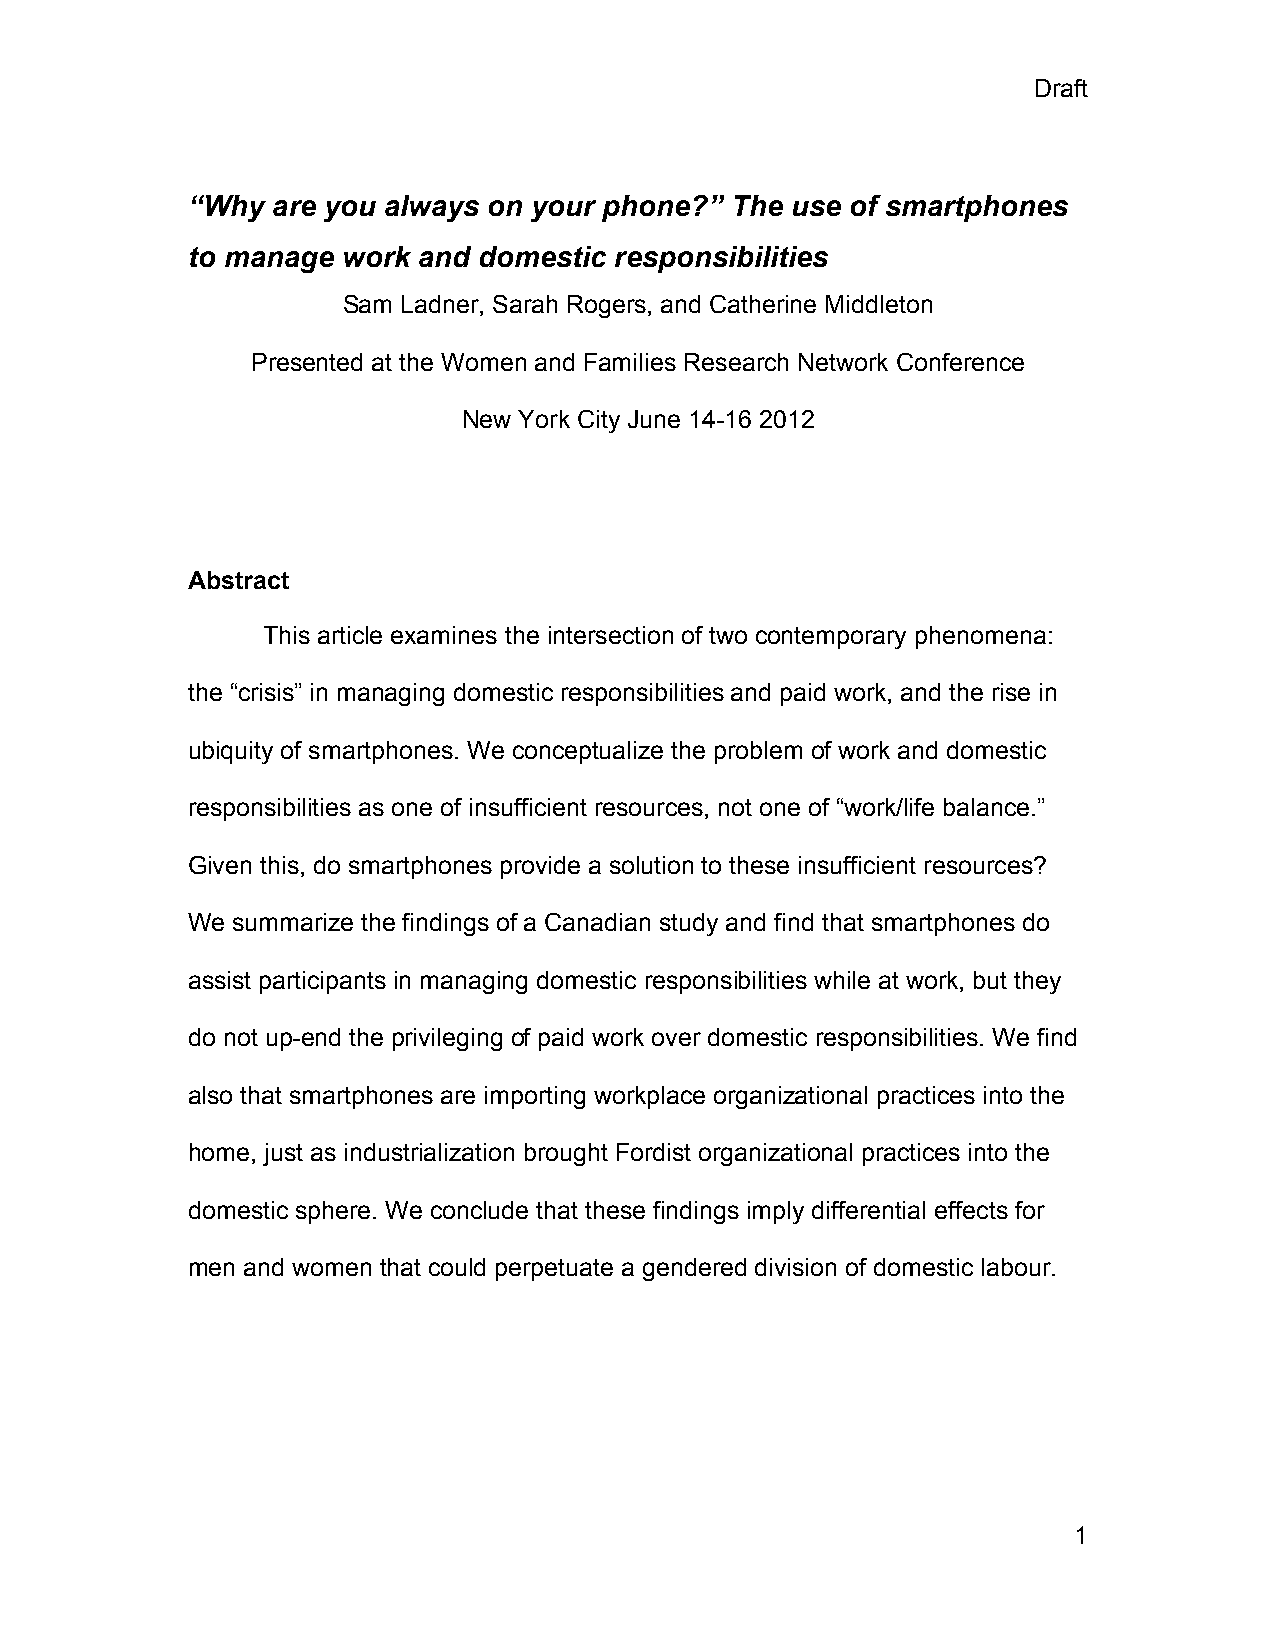
Draft
 “Why  are you always on your phone?” The use of smartphones
 to manage  work and domestic responsibilities
 Sam Ladner, Sarah Rogers, and Catherine Middleton
 Presented at the Women and Families Research Network Conference
 New York City June 14-16 2012
 Abstract
 This article examines the intersection of two contemporary phenomena:
 the “crisis” in managing domestic responsibilities and paid work, and the rise in
 ubiquity of smartphones. We conceptualize the problem of work and domestic
 responsibilities as one of insufficient resources, not one of “work/life balance.”
 Given this, do smartphones provide a solution to these insufficient resources?
 We summarize the findings of a Canadian study and find that smartphones do
 assist participants in managing domestic responsibilities while at work, but they
 do not up-end the privileging of paid work over domestic responsibilities. We find
 also that smartphones are importing workplace organizational practices into the
 home, just as industrialization brought Fordist organizational practices into the
 domestic sphere. We conclude that these findings imply differential effects for
 men and women that could perpetuate a gendered division of domestic labour.
 1